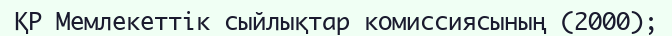
ҚР Мемлекеттік сыйлықтар комиссиясының (2000);